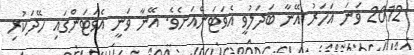
2012 ވަނަ އަހަރު އޭނާ ބަދަލުވީ އެވަޓަންއަށެވެ. އޭނާ ވަނީ އެވަޓަންގައި ހޭދަކުރި